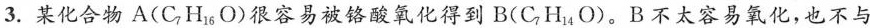
3.某化合物A(C_{7}H_{16}O)很容易被铬酸氧化得到B(C_{7}H_{14}O)。B不太容易氧化，也不与